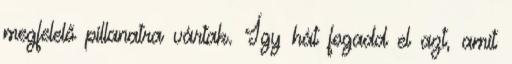
megfelelő pillanatra vártak. Így hát fogadd el azt, amit